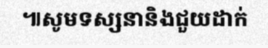
៕សូមទស្សនានិងជួយដាក់